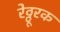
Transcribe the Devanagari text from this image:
रेठ्ठूरक